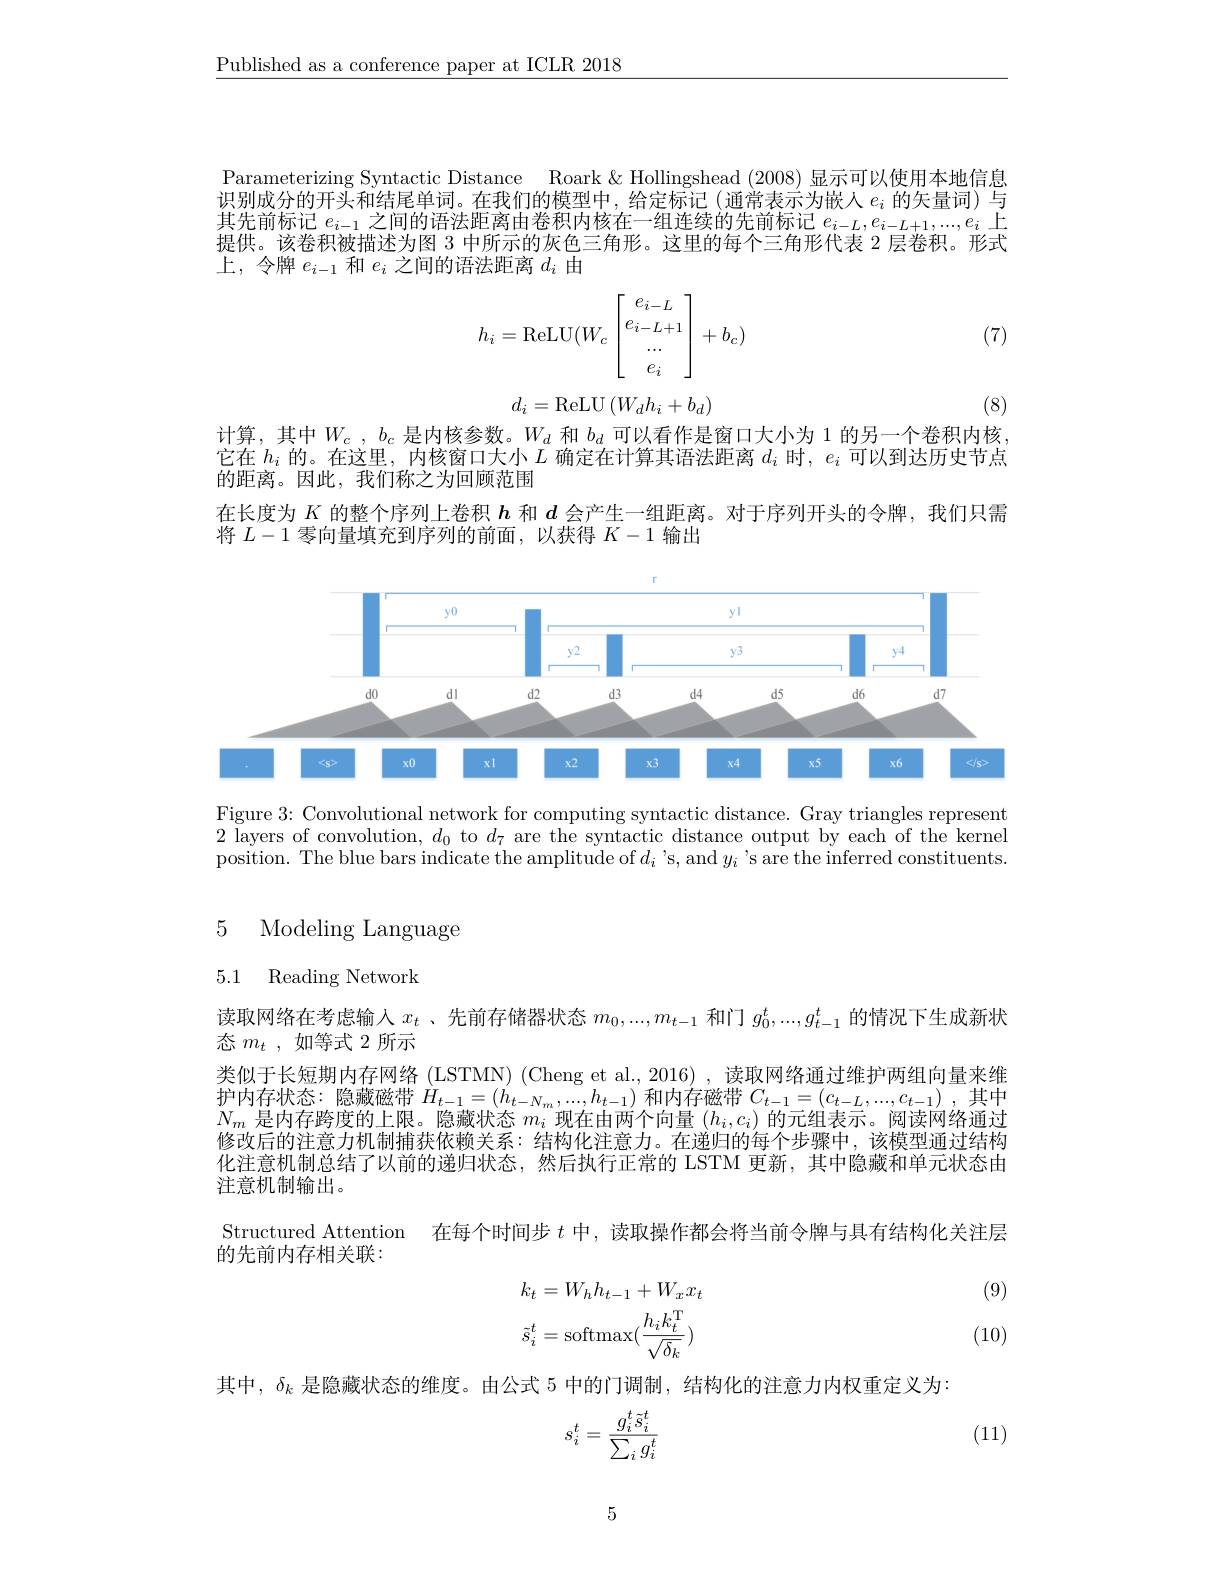
$\underline{\text{Published as a conference paper at ICLR 2018}}$

Parameterizing Syntactic Distance Roark&Hollingshead (2008)显示可以使用本地信息识 别 成 分 的 开 头 和 结 尾 单 词 。在 我 们 的 模 型 中 , 给 定 标 记 ( 通 常 表 示 为 嵌 人 $e_i$ 的 矢 量 词 ) 与 中 生 关 于 之 间 的 活 计 正 或 上 半 和 中 扩 大 一其先前标记$e_i-1$之间的语法距离由卷栱内核在一组连续的先前标记$e_i-L,e_{i-L+1},...,e_i$上提供。该卷积被描述为图 3 中所示的灰色三角形。这里的每个三角形代表 2 层卷积。形式上，令牌$e_i-1$和$e_i$之间的语法距离$d_i$由

(7)
$$h_i=\operatorname{ReLU}(W_c\begin{bmatrix}e_{i-L}\\e_{i-L+1}\\...\\e_i\end{bmatrix}+b_c)$$
$$d_i=\text{ReLU}\left(W_dh_i+b_d\right)$$
(8)

计算，其中$W_c,b_c$是内核参数。$W_d$和$b_d$可以看作是窗口大小为 1 的另一个卷积内核它在$h_i$的。在这里，内核窗口大小$L$确定在计算其语法距离$d_i$时，$e_i$可以到达历史节点的距离。因此，我们称之为回顾范围
在长度为$K$的整个序列上卷积$h$和$d$会产生一组距离。对于序列开头的令牌，我们只需
将$L-1$零向量填充到序列的前面，以获得$K-1$输出

<FigureHere>

Figure 3: Convolutional network for computing syntactic distance. Gray triangles represent 2 layers of convolution, $d_0$ to $d_7$ are the syntactic distance output by each of the kernel position. The blue bars indicate the amplitude of $d_i$ 's, and $y_i$ 's are the inferred constituents.

5 Modeling Language

5.1 Reading Network

读取网络在考虑输人$x_t$ 、先前存储器状态$m_0,...,m_{t-1}$和门$g_0^t,...,g_{t-1}^t$的情况下生成新状
态$m_t$,如等式 2 所示

类似于长短期内存网络 (LSTMN) (Cheng et al., 2016) , 读取网络通过维护两组向量来维护 内 存 状 态 : 隐 藏 磁 带 $H_{t- 1}= ( h_{t- N_m}, . . . , h_{t- 1}) ^{\prime }$和 内 存 磁 带 $C_{t- 1}= ( c_{t- L}, . . . , c_{t- 1})$ , 其 中 $N$ 目 中 有 略 库 的 上 阵 陷 率 出 本$N_m$是内存跨度的上限。隐藏状态$m_i$现在由两个向量$(h_i,c_i)$的元组表示。阅读网络通过修改后的注意力机制捕获依赖关系：结构化注意力。在递归的每个步骤中，该模型通过结构化注意机制总结了以前的递归状态，然后执行正常的 LSTM 更新，其中隐藏和单元状态由注意机制输出。
Structured Attention 在每个时间步$t$中，读取操作都会将当前令牌与具有结构化关注层
的先前内存相关联：
(9)
$$k_{t}=W_{h}h_{t-1}+W_{x}x_{t}\\\tilde{s}_{i}^{t}=\mathrm{softmax}(\frac{h_{i}k_{t}^{\mathrm{T}}}{\sqrt{\delta_{k}}})$$
(10)

其中，$\delta_k$是隐藏状态的维度。由公式 5 中的门调制，结构化的注意力内权重定义为：

(11)
$$s_i^t=\frac{g_i^t\tilde{s}_i^t}{\sum_ig_i^t}$$
5